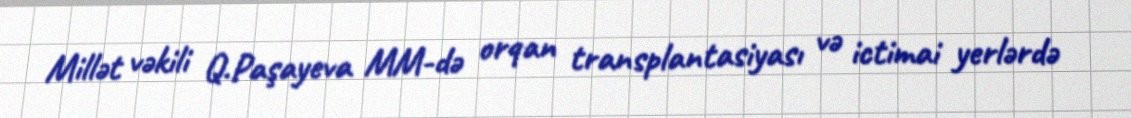
Millət vəkili Q.Paşayeva MM-də orqan transplantasiyası və ictimai yerlərdə